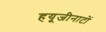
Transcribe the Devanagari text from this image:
हयूजीनाटों